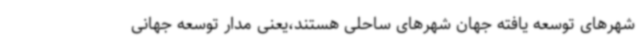
شهرهای توسعه یافته جهان شهرهای ساحلی هستند،یعنی مدار توسعه جهانی